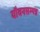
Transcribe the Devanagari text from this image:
यौवनसम्पन्न